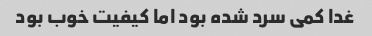
غدا کمی سرد شده بود اما کیفیت خوب بود